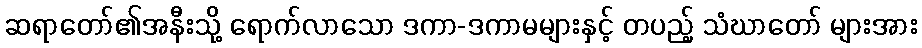
ဆရာတော်၏အနီးသို့ ရောက်လာသော ဒကာ-ဒကာမများနှင့် တပည့် သံဃာတော် များအား